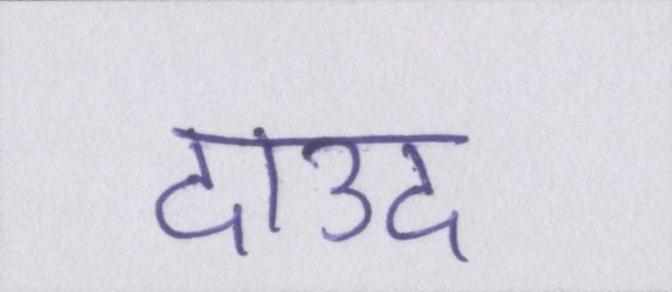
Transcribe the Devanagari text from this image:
दाउद